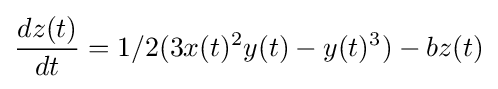
{\frac {dz(t)}{dt}}=1/2(3x(t)^{2}y(t)-y(t)^{3})-bz(t)